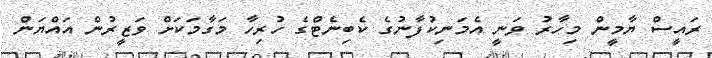
ރައީސް ޔާމީން މިހާރު ވަނީ އެމަނިކުފާނުގެ ކެބިނެޓްގެ ހުރިހާ މަގާމަކަށް ވަޒީރުން އައްޔަން